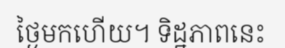
ថ្ងៃមកហើយ។ ទិដ្ឋភាពនេះ